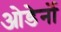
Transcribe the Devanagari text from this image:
ओडेर्नो